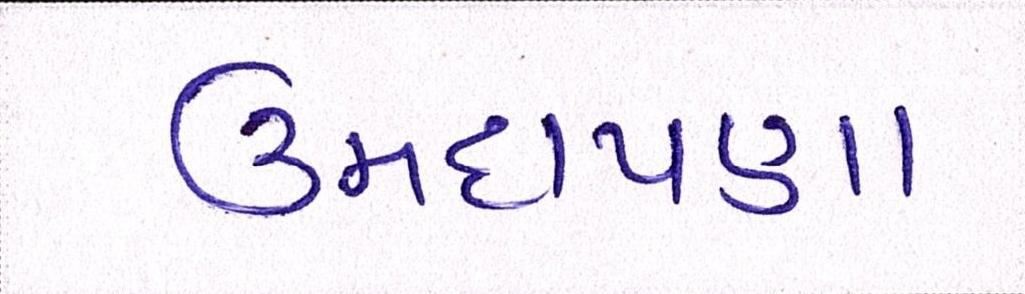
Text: ઉમદાપણા